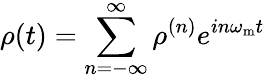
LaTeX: \rho(t)=\sum_{n=-\infty}^{\infty}\rho^{(n)}e^{in\omega_{\mathrm{m}}t}